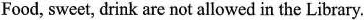
Food, sweet, drink are not allowed in the Library.